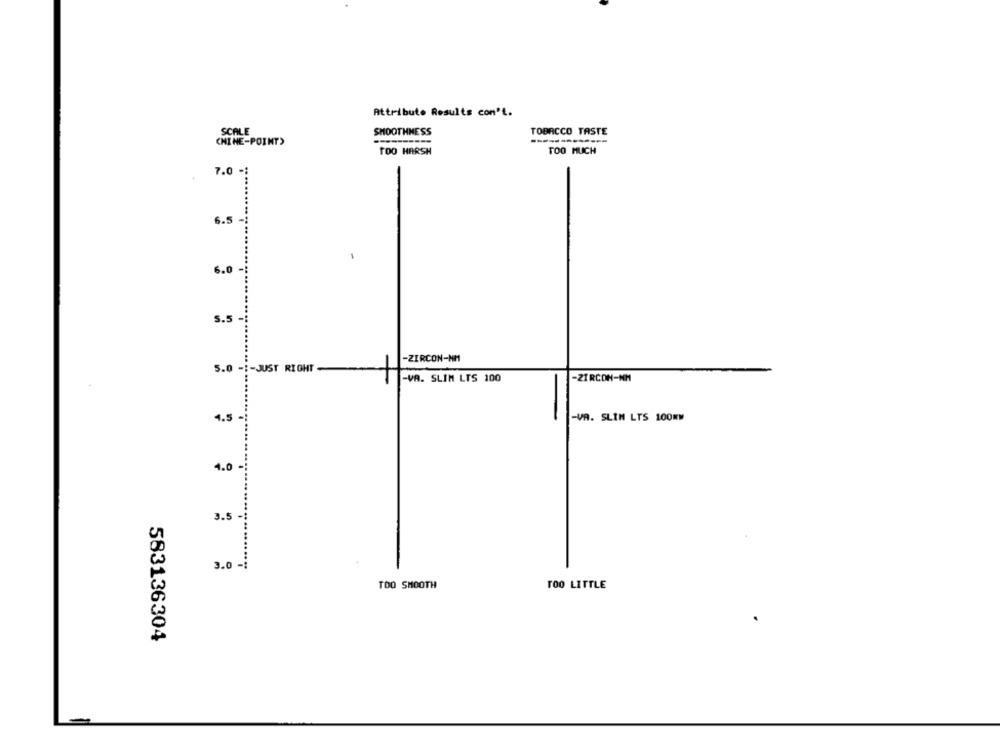
Attribute Results con't.
SCALE
SMOOTHNESS
TOBACCO TASTE
CHINE-POINT)
TOO HARSH
TOO MUCH
-
6.5
.............
6.0
5.5-
-ZIRCON-NM
5.0 -1-JUST RIGHT-
-VA. SLIM LTS 100
-ZIRCON-NM
-
4.5
-VA. SLIM LTS 100MM
4.0
3.5
3.0 -:
TOO SMOOTH
TOO LITTLE
583136304